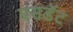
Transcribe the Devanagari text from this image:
एसडॅट